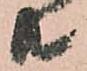
共